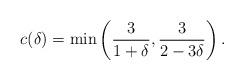
LaTeX: \begin{align*}c(\delta)=\min\left(\frac{3}{1+\delta},\frac{3}{2-3\delta}\right).\end{align*}